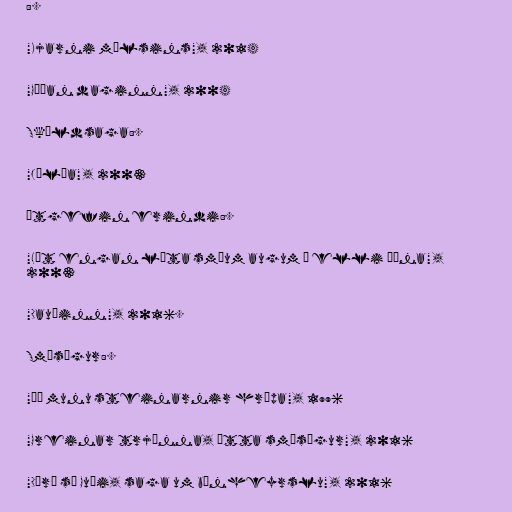
:.

"Kjarni málsins", 2014

"Góðan daginn", 2004

Skáldsaga:.

"Júlía", 2003

Útgefin erindi:.

"Lát engan líta smáum augum á elli þína",
2003

"Dauðinn", 2016.

Smásögur:.

"Þá munu steinarnir hrópa", 1996

"Greinar trjánna, átta smásögur", 2016

"Dýrð sé Guði, saga um bænheyrslu", 2016